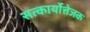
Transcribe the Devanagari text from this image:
सत्कार्योत्तेजक